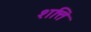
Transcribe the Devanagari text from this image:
शत्ति